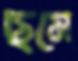
ছমে